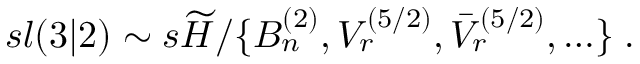
s l ( 3 | 2 ) \sim s \widetilde { { \cal H } } / \{ B _ { n } ^ { ( 2 ) } , V _ { r } ^ { ( 5 / 2 ) } , \bar { V } _ { r } ^ { ( 5 / 2 ) } , \ldots \} \; .